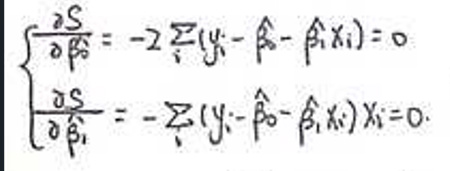
\[
\left\{
\begin{array}{l}
\frac{\partial S}{\partial \hat{\beta}_0} = -2\sum_{i}(y_i - \hat{\beta}_0 - \hat{\beta}_1 x_i) = 0 \\
\frac{\partial S}{\partial \hat{\beta}_1} = -2\sum_{i}(y_i - \hat{\beta}_0 - \hat{\beta}_1 x_i)x_i = 0
\end{array}
\right.
\]